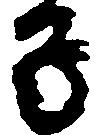
子